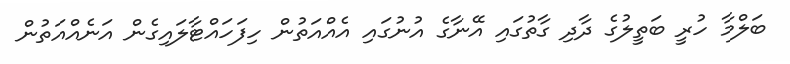
ބަލްމާ ހުރީ ބަތީލުގެ ދާދި ގާތުގައި އޭނާގެ އުނުގައި އެއްއަތުން ހިފަހައްޓާލައިގެން އަނެއްއަތުން